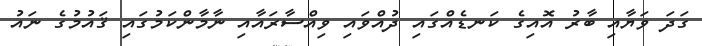
ގަދަ ވަޔާއި ބާރު އޮއިގެ ކަނޑެއްގައި ދުއްވައި ވިއްސާރައާއި ނާމާންކަމުގައި ޤައުމުގެ ނައު